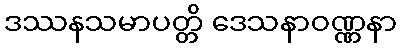
ဒဿနသမာပတ္တိ ဒေသနာဝဏ္ဏနာ